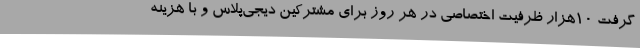
گرفت ۱۰هزار ظرفیت اختصاصی در هر روز برای مشترکین دیجی‌پلاس و با هزینه